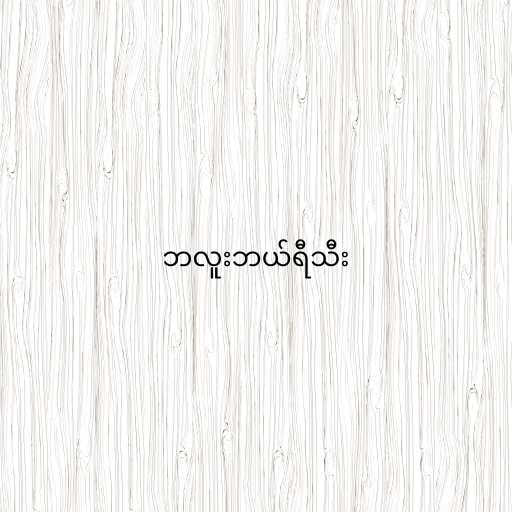
ဘလူးဘယ်ရီသီး